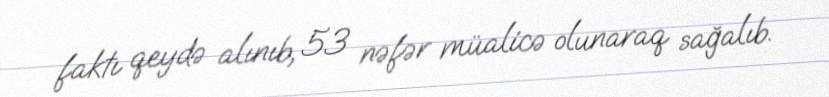
faktı qeydə alınıb, 53 nəfər müalicə olunaraq sağalıb.